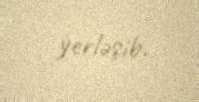
yerləşib.